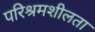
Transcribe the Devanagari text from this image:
परिश्रमशीलता